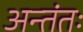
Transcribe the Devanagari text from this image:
अन्तंतः